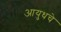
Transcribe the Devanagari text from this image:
आयुधचे